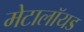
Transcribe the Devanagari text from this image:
मेटालॉयड